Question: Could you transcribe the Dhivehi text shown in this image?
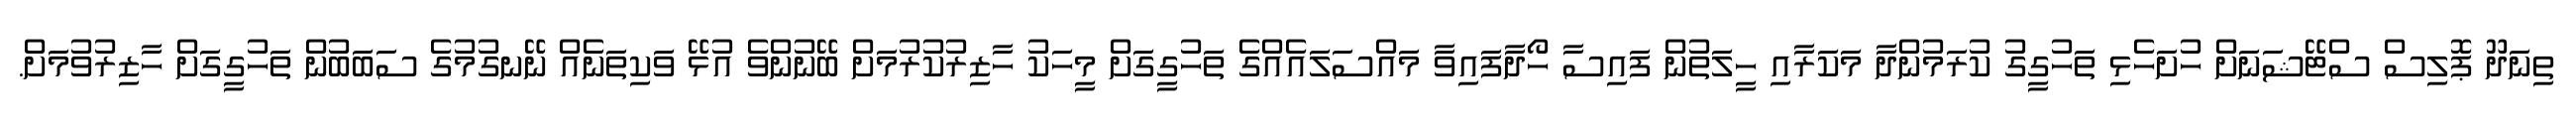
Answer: ތިނަދޫ ޕޮލިސް ސްޓޭޝަނަށް ހުށަހެޅި ތަހުގީގު ކުރަމުންދާ މަކަރާއި ހީލަތުން ފައިސާ ހޯދާފައިވާ މައްސަލައެއްގެ ތަހުގީގަށް މީހަކު ހާޒިރުކުރުމަށް ބޭނުންވެ އުޅޭ ވަކިތަނެއް ނޭނގުމުގެ ސަބަބުން ތަހުގީގަށް ހާޒިރުވުމަށް.